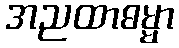
အညထာဓမ္မာ